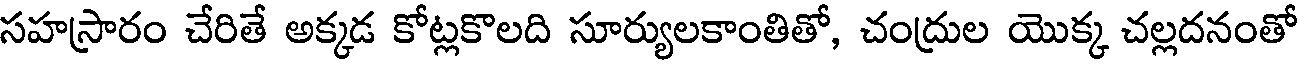
సహస్రారం చేరితే అక్కడ కోట్లకొలది సూర్యులకాంతితో, చంద్రుల యొక్క చల్లదనంతో